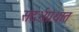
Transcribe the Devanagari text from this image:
संदर्भग्रंथात